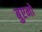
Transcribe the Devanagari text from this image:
बुएनो